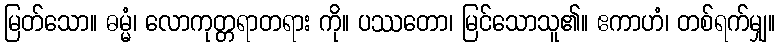
မြတ်သော။ ဓမ္မံ၊ လောကုတ္တရာတရား ကို။ ပဿတော၊ မြင်သောသူ၏။ ဧကာဟံ၊ တစ်ရက်မျှ။